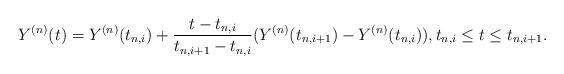
LaTeX: \begin{align*} Y^{(n)}(t)=Y^{(n)}(t_{n, i})+\frac{t-t_{n, i}}{t_{n, i+1}-t_{n, i}} (Y^{(n)}(t_{n, i+1})-Y^{(n)}(t_{n, i})), t_{n, i} \leq t \leq t_{n, i+1}.\end{align*}